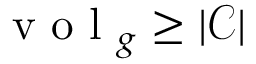
\mathrm { ~ v ~ o ~ l ~ } _ { g } \ge | \mathcal { C } |